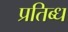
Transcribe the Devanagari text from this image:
प्रतिब्ध